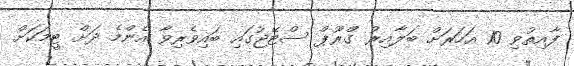
ފާއިތުވި 10 އަހަރަށް ބަލާއިރު ގްރޫޕް ސްޓޭޖުގައި ބައިވެރިވާ އެންމެ ދަށް ޓީމަކަށް